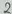
Text: 2